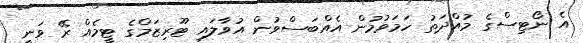
އެ ނޯޓިސްގެ މުއްދަތު ހަމަވުމުން އެއްބަސްވުން އުވާލައި ޓޫރިޒަމްގެ ޓީމެއް ރޭ ވަނީ